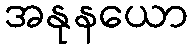
အနုနယော